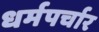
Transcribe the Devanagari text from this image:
धर्मपर्चार